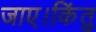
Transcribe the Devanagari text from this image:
जाए।किंतु